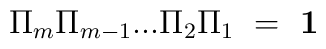
\Pi_m \Pi_{m - 1} ... \Pi_2 \Pi_1 \ = \ \mbox{\bf 1}